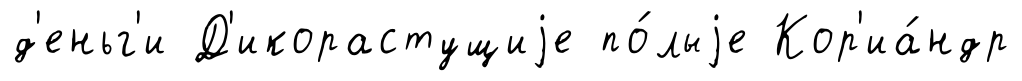
д'еньг'и Д'икорастущиjе по́лыjе Кор'иа́ндр